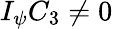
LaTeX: I_{\psi}C_{3}\ne 0